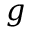
g